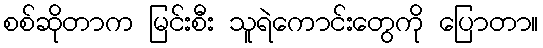
စစ်ဆိုတာက မြင်းစီး သူရဲကောင်းတွေကို ပြောတာ။